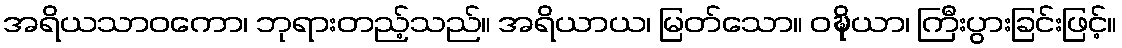
အရိယသာဝကော၊ ဘုရားတည့်သည်။ အရိယာယ၊ မြတ်သော။ ဝဍ္ဎိယာ၊ ကြီးပွားခြင်းဖြင့်။